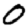
Digit: 0